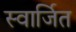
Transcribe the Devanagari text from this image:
स्वार्जित